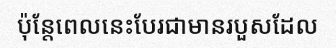
ប៉ុន្តែពេលនេះបែរជាមានរបួសដែល